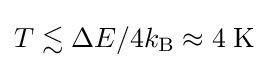
T\lesssim \Delta E/4k_{\rm {B}}\approx 4\;\mathrm {K}